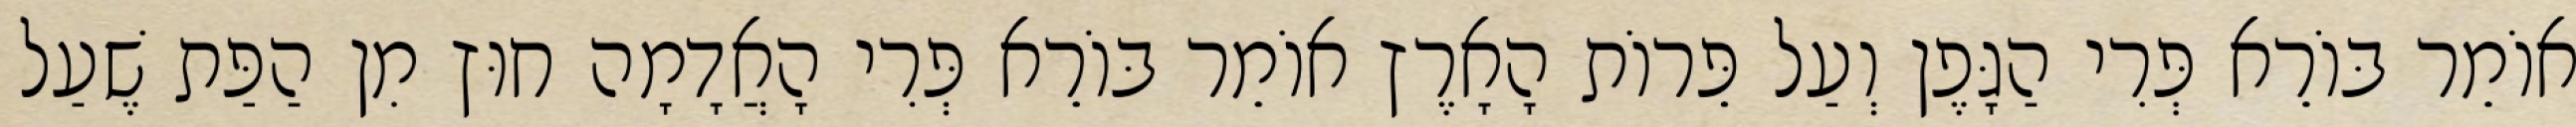
אוֹמֵר בּוֹרֵא פְּרִי הַגָּפֶן וְעַל פֵּרוֹת הָאָרֶץ אוֹמֵר בּוֹרֵא פְּרִי הָאֲדָמָה חוּץ מִן הַפַּת שֶׁעַל